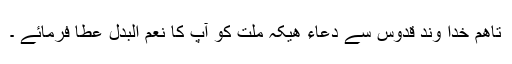
تاھم خدا وند قدوس سے دعاء ھیکہ ملت کو آپ کا نعم البدل عطا فرمائے ۔